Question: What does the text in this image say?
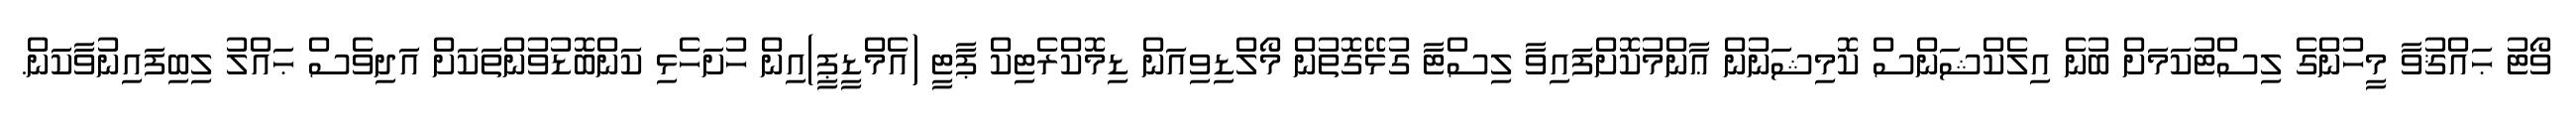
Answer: ވޯޓު ޙައްޤުވާ މީހުންގެ ލިސްޓުކަމަށް ބުނެ އިލެކްޝަންސް ކޮމިޝަނުން ޢާންމުކޮށްފައިވާ ލިސްޓާ ގުޅޭގޮތުން މޯލްޑިވިއަން ޑިމޮކްރެޓިކް ޕާޓީ (އެމްޑީޕީ)އިން ހުށަހެޅި ކަންބޮޑުވުންތަކަށް އަދިވެސް ޙައްލު ލިބިފައިނުވާކަން.